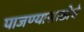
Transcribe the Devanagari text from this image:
पाजण्यासाठीचे